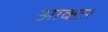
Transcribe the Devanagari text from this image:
आक्टर